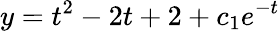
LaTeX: y=t^{2}-2t+2+c_{1}e^{-t}